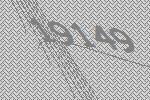
19149